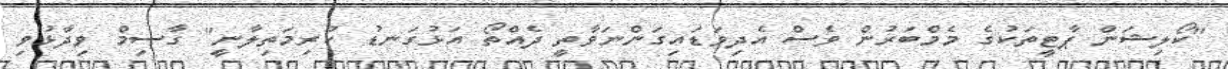
"ކޯލިޝަން ޕާޓީތަކުގެ މެމްބަރުން ވެސް އެދިވަޑައިގަންނަވާތީ ދެއްތޯ އަޅުގަނޑު ކުރިމަތިލާނީ" ގާސިމް ވިދާޅުވި